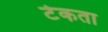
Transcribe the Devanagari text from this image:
टेकता